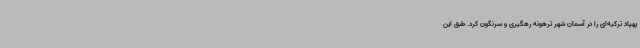
پهپاد ترکیه‌ای را در آسمان شهر ترهونه رهگیری و سرنگون کرد. طبق این